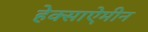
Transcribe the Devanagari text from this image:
हेक्साऐमीन